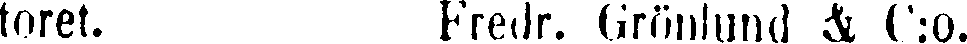
toret. Fredr. Grönlund & C:o.